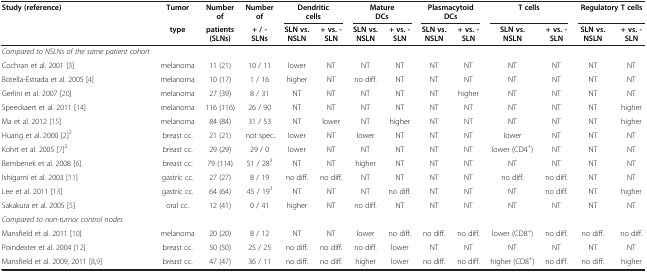
<table><thead><tr><td><b>Study (reference)</b></td><td><b>Tumor</b></td><td><b>Number of</b></td><td><b>Number of</b></td><td colspan="2"><b>Dendritic cells</b></td><td colspan="2"><b>Mature DCs</b></td><td colspan="2"><b>Plasmacytoid DCs</b></td><td colspan="2"><b>T cells</b></td><td colspan="2"><b>Regulatory T cells</b></td></tr><tr><td><b> </b></td><td><b>type</b></td><td><b>patients (SLNs)</b></td><td><b>+ / - SLNs</b></td><td><b>SLN vs. NSLN</b></td><td><b>+ vs. - SLN</b></td><td><b>SLN vs. NSLN</b></td><td><b>+ vs. - SLN</b></td><td><b>SLN vs. NSLN</b></td><td><b>+ vs. - SLN</b></td><td><b>SLN vs. NSLN</b></td><td><b>+ vs. - SLN</b></td><td><b>SLN vs. NSLN</b></td><td><b>+ vs. - SLN</b></td></tr></thead><tbody><tr><td><i>Compared to NSLNs of the same patient cohort</i></td><td> </td><td> </td><td> </td><td> </td><td> </td><td> </td><td> </td><td> </td><td> </td><td> </td><td> </td><td> </td><td> </td></tr><tr><td>Cochran et al. 2001 [3]</td><td>melanoma</td><td>11 (21)</td><td>10 / 11</td><td>lower</td><td>NT</td><td>NT</td><td>NT</td><td>NT</td><td>NT</td><td>NT</td><td>NT</td><td>NT</td><td>NT</td></tr><tr><td>Botella-Estrada et al. 2005 [4]</td><td>melanoma</td><td>10 (17)</td><td>1 / 16</td><td>higher</td><td>NT</td><td>no diff.</td><td>NT</td><td>NT</td><td>NT</td><td>NT</td><td>NT</td><td>NT</td><td>NT</td></tr><tr><td>Gerlini et al. 2007 [20]</td><td>melanoma</td><td>27 (39)</td><td>8 / 31</td><td>NT</td><td>NT</td><td>NT</td><td>NT</td><td>NT</td><td>higher</td><td>NT</td><td>NT</td><td>NT</td><td>NT</td></tr><tr><td>Speeckaert et al. 2011 [14]</td><td>melanoma</td><td>116 (116)</td><td>26 / 90</td><td>NT</td><td>NT</td><td>NT</td><td>NT</td><td>NT</td><td>NT</td><td>NT</td><td>NT</td><td>NT</td><td>higher</td></tr><tr><td>Ma et al. 2012 [15]</td><td>melanoma</td><td>84 (84)</td><td>31 / 53</td><td>NT</td><td>lower</td><td>NT</td><td>higher</td><td>NT</td><td>NT</td><td>NT</td><td>NT</td><td>NT</td><td>higher</td></tr><tr><td>Huang et al. 2000 [2]<sup>2</sup></td><td>breast cc.</td><td>21 (21)</td><td>not spec.</td><td>lower</td><td>NT</td><td>lower</td><td>NT</td><td>NT</td><td>NT</td><td>lower</td><td>NT</td><td>NT</td><td>NT</td></tr><tr><td>Kohrt et al. 2005 [7]<sup>2</sup></td><td>breast cc.</td><td>29 (29)</td><td>29 / 0</td><td>lower</td><td>NT</td><td>NT</td><td>NT</td><td>NT</td><td>NT</td><td>lower (CD4<sup>+</sup>)</td><td>NT</td><td>NT</td><td>NT</td></tr><tr><td>Bembenek et al. 2008 [6]</td><td>breast cc.</td><td>79 (114)</td><td>51 / 28<sup>3</sup></td><td>NT</td><td>NT</td><td>higher</td><td>NT</td><td>NT</td><td>NT</td><td>NT</td><td>NT</td><td>NT</td><td>NT</td></tr><tr><td>Ishigami et al. 2003 [11]</td><td>gastric cc.</td><td>27 (27)</td><td>8 / 19</td><td>no diff.</td><td>no diff.</td><td>NT</td><td>NT</td><td>NT</td><td>NT</td><td>no diff.</td><td>no diff.</td><td>NT</td><td>NT</td></tr><tr><td>Lee et al. 2011 [13]</td><td>gastric cc.</td><td>64 (64)</td><td>45 / 19<sup>3</sup></td><td>NT</td><td>NT</td><td>NT</td><td>no diff.</td><td>NT</td><td>NT</td><td>NT</td><td>no diff.</td><td>NT</td><td>higher</td></tr><tr><td>Sakakura et al. 2005 [5]</td><td>oral cc.</td><td>12 (41)</td><td>0 / 41</td><td>higher</td><td>NT</td><td>no diff.</td><td>NT</td><td>NT</td><td>NT</td><td>NT</td><td>NT</td><td>NT</td><td>NT</td></tr><tr><td><i>Compared to non-tumor control nodes</i></td><td> </td><td> </td><td> </td><td> </td><td> </td><td> </td><td> </td><td> </td><td> </td><td> </td><td> </td><td> </td><td> </td></tr><tr><td>Mansfield et al. 2011 [10]</td><td>melanoma</td><td>20 (20)</td><td>8 / 12</td><td>NT</td><td>NT</td><td>lower</td><td>no diff.</td><td>no diff.</td><td>no diff.</td><td>lower (CD8<sup>+</sup>)</td><td>no diff.</td><td>no diff.</td><td>no diff.</td></tr><tr><td>Poindexter et al. 2004 [12]</td><td>breast cc.</td><td>50 (50)</td><td>25 / 25</td><td>no diff.</td><td>no diff.</td><td>no diff.</td><td>lower</td><td>NT</td><td>NT</td><td>NT</td><td>NT</td><td>NT</td><td>NT</td></tr><tr><td>Mansfield et al. 2009, 2011 [8,9]</td><td>breast cc.</td><td>47 (47)</td><td>36 / 11</td><td>no diff.</td><td>no diff.</td><td>higher</td><td>lower</td><td>no diff.</td><td>no diff.</td><td>higher (CD8<sup>+</sup>)</td><td>no diff.</td><td>no diff.</td><td>higher</td></tr></tbody></table>